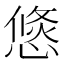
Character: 𢞣